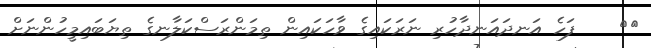
١٤    ފަހެ އަނދައަނދާހުރި ނަރަކައިގެ ވާހަކައިން ތިމަންރަސްކަލާނގެ ތިޔަބައިމީހުންނަށް